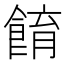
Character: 𩛭